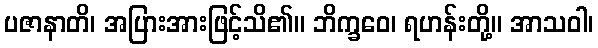
ပဇာနာတိ၊ အပြားအားဖြင့်သိ၏။ ဘိက္ခဝေ၊ ရဟန်းတို့။ အာသဝါ၊